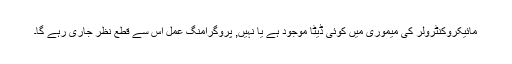
مائیکروکنٹرولر کی میموری میں کوئی ڈیٹا موجود ہے یا نہیں, پروگرامنگ عمل اس سے قطع نظر جاری رہے گا۔